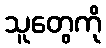
သူတွေကို